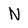
Character: N